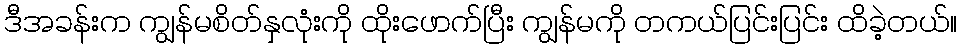
ဒီအခန်းက ကျွန်မစိတ်နှလုံးကို ထိုးဖောက်ပြီး ကျွန်မကို တကယ်ပြင်းပြင်း ထိခဲ့တယ်။